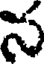
న